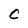
Character: C